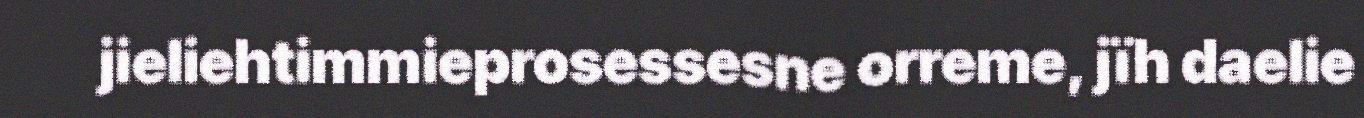
jieliehtimmieprosessesne orreme, jïh daelie